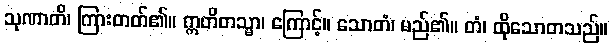
သုဏာတိ၊ ကြားတတ်၏။ ဣတိတသ္မာ၊ ကြောင့်။ သောတံ၊ မည်၏။ တံ၊ ထိုသောတသည်။